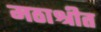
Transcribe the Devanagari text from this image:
मठाश्रीत